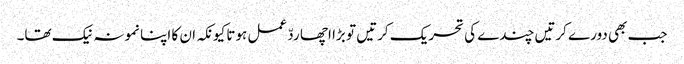
جب بھی دورے کرتیں چندے کی تحریک کرتیں تو بڑا اچھا ردّ عمل ہوتا کیونکہ ان کا اپنا نمونہ نیک تھا۔